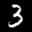
Label: 3